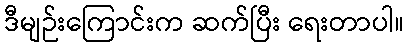
ဒီမျဉ်းကြောင်းက ဆက်ပြီး ရေးတာပါ။